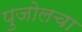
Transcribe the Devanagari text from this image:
पुजोलचा